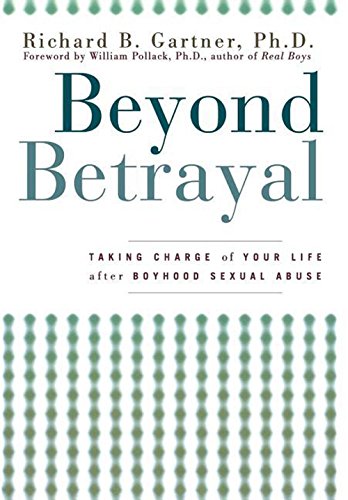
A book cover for Beyond Betrayal: Taking Charge of Your Life after Boyhood Sexual Abuse; Richard  B. Gartner; Self-Help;